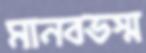
মানবভস্ম